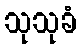
သုသုခံ